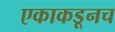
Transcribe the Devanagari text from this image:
एकाकडूनच